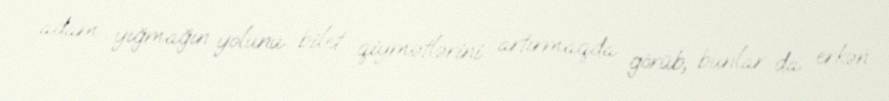
adam yığmağın yolunu bilet qiymətlərini artırmaqda görüb, bunlar da erkən